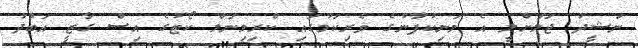
ނަޝީދު ޖަލަށްލީ އެ މަނިކުފާނުގެ ވެރިކަމުގައި ކްރިމިނަލް ކޯޓުގެ އިސް ގާޒީ އަބްދު